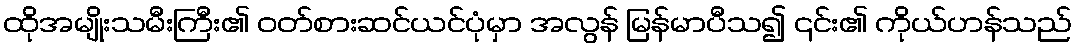
ထိုအမျိုးသမီးကြီး၏ ဝတ်စားဆင်ယင်ပုံမှာ အလွန် မြန်မာပီသ၍ ၎င်း၏ ကိုယ်ဟန်သည်